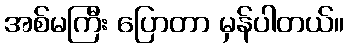
အစ်မကြီး ပြောတာ မှန်ပါတယ်။